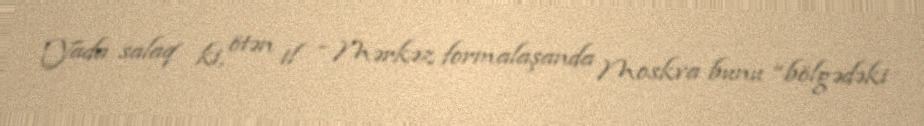
Yada salaq ki, ötən il - Mərkəz formalaşanda Moskva bunu “bölgədəki